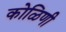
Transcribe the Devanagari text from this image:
कोळिणी